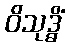
ဝိသုဒ္ဓိံ